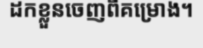
ដកខ្លួនចេញពីគម្រោង។